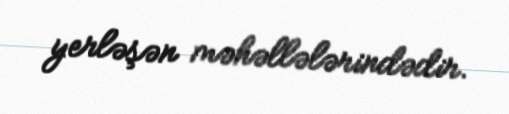
yerləşən məhəllələrindədir.